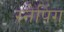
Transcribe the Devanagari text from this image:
स्नैपिंग